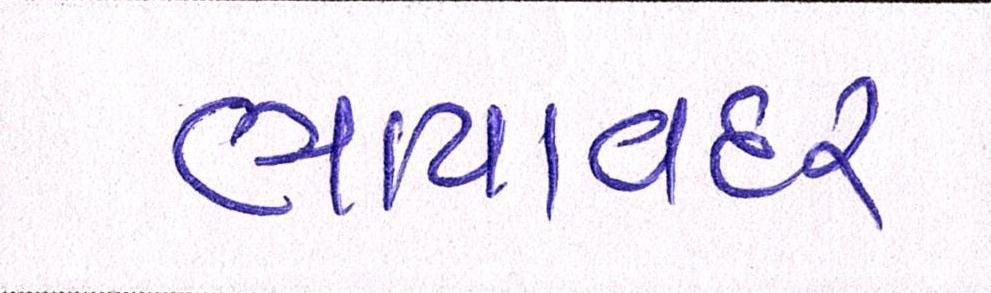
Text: ભાયાવદર